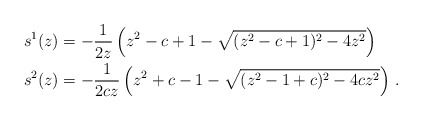
\begin{align*} & s^1(z) = - \frac{1}{2 z} \left(z^2-c+1 - \sqrt{(z^2-c+1)^2-4z^2} \right)\\ & s^2(z) = - \frac{1}{2 c z} \left(z^2+c-1 - \sqrt{(z^2-1+c)^2-4cz^2} \right)\,. \end{align*}